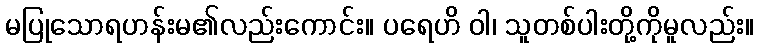
မပြုသောရဟန်းမ၏လည်းကောင်း။ ပရေဟိ ဝါ၊ သူတစ်ပါးတို့ကိုမူလည်း။